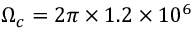
\Omega _ { c } = 2 \pi \times 1 . 2 \times 1 0 ^ { 6 }